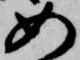
如